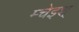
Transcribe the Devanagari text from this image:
म्चेइश्